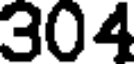
304